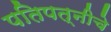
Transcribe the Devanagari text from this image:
पतिपत्नीचे